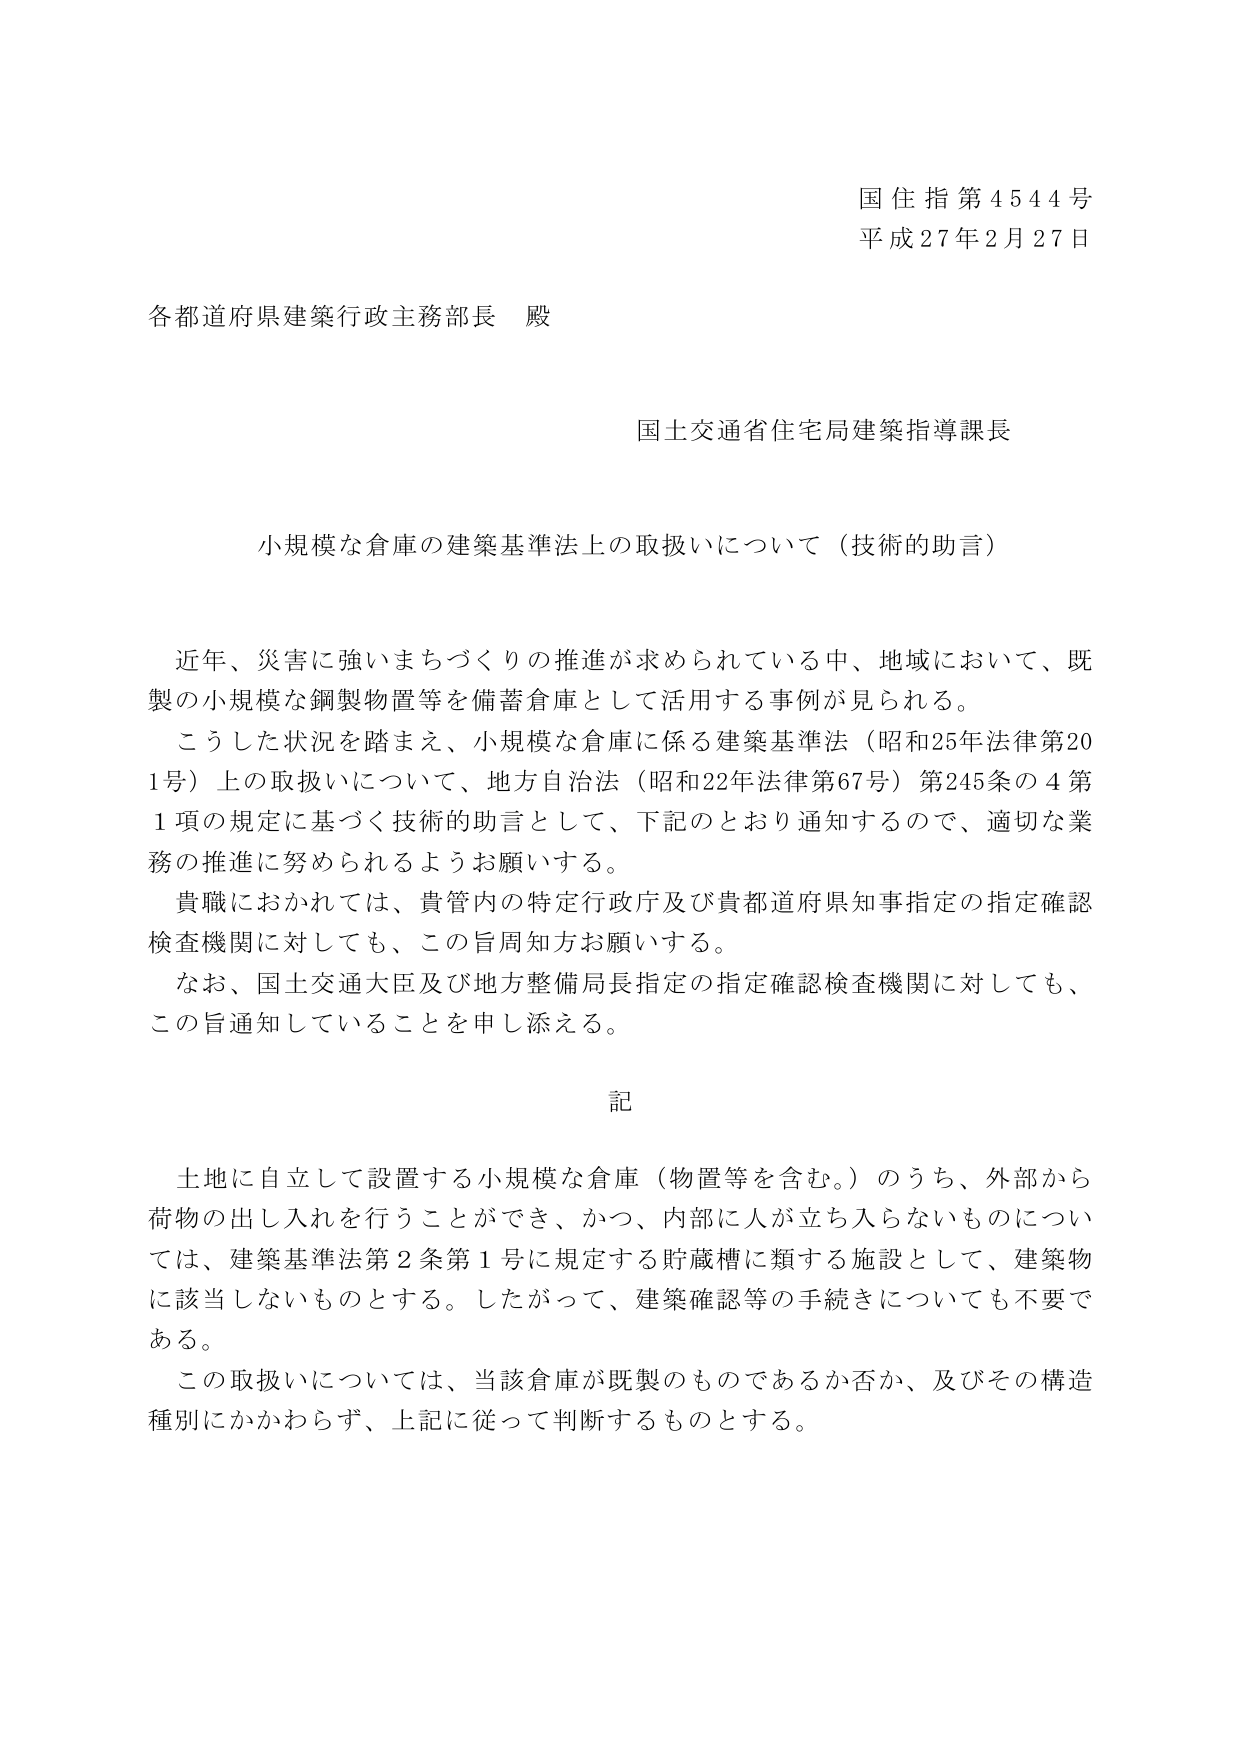
国住指第4544号
平成27年2月27日

各都道府県建築行政主務部長 殿

国土交通省住宅局建築指導課長

小規模な倉庫の建築基準法上の取扱いについて（技術的助言）

近年、災害に強いまちづくりの推進が求められている中、地域において、既製の小規模な鋼製物置等を備蓄倉庫として活用する事例が見られる。
こうした状況を踏まえ、小規模な倉庫に係る建築基準法（昭和25年法律第201号）上の取扱いについて、地方自治法（昭和22年法律第67号）第245条の4第1項の規定に基づく技術的助言として、下記のとおり通知するので、適切な業務の推進に努められるようお願いする。
貴職におかれては、貴管内の特定行政庁及び貴都道府県知事指定の指定確認検査機関に対しても、この旨周知方お願いする。
なお、国土交通大臣及び地方整備局長指定の指定確認検査機関に対しても、この旨通知していることを申し添える。

記

土地に自立して設置する小規模な倉庫（物置等を含む。）のうち、外部から荷物の出し入れを行うことができ、かつ、内部に人が立ち入らないものについては、建築基準法第2条第1号に規定する貯蔵槽に類する施設として、建築物に該当しないものとする。したがって、建築確認等の手続きについても不要である。
この取扱いについては、当該倉庫が既製のものであるか否か、及びその構造種別にかかわらず、上記に従って判断するものとする。